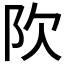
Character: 𬮼